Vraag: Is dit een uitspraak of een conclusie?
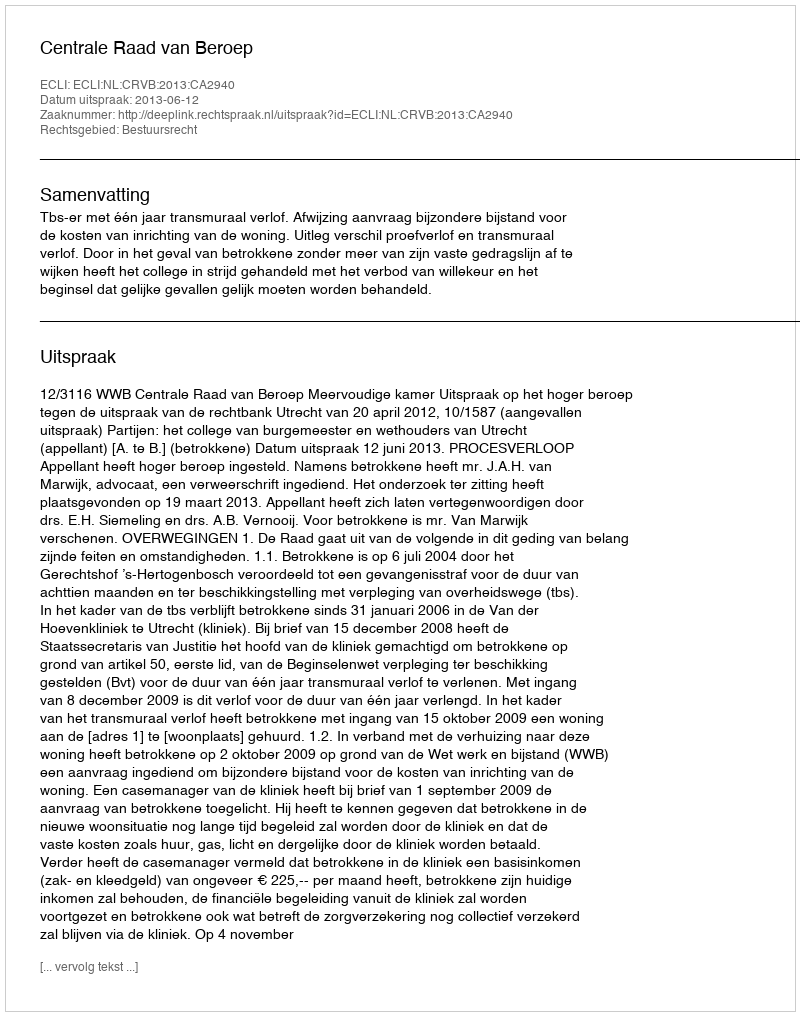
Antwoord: Uitspraak